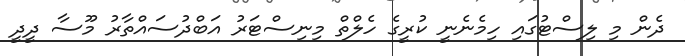
ދެން މި ލިސްޓުގައި ހިމެނެނީ ކުރީގެ ހެލްތް މިނިސްޓަރު އަބްދުސައްތާރު މޫސާ ދީދީ